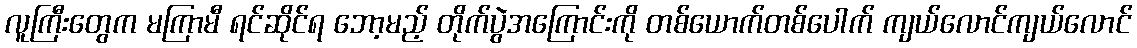
လူကြီးတွေက မကြာမီ ရင်ဆိုင်ရ ဘော့မည့် တိုက်ပွဲအကြောင်းကို တစ်ယောက်တစ်ပေါက် ကျယ်လောင်ကျယ်လောင်